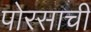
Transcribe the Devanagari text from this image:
पोरसाची